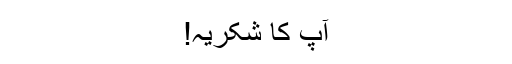
آپ کا شکریہ!